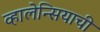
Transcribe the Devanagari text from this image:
व्हालेन्सियाची